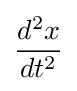
{\frac {d^{2}x}{dt^{2}}}